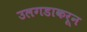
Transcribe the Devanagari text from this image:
उलगडाकरून